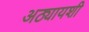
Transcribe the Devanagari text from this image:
अठ्यायशी